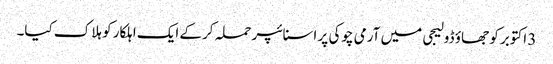
3 اکتوبر کو جھاؤ ڈولیجی میں آرمی چوکی پر اسنائپر حملہ کرکے ایک اہلکار کو ہلاک کیا۔